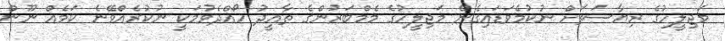
މަޖިލީހުގެ ރިޔާސަތަށް ނުކުމެވަޑައިގެން މަޖިލީހުގެ މެމްބަރުންގެ ތާއީދު ހޯއްދެވުމަކީ ނުކުރެއްވޭނެ ކަމެއް ނޫން